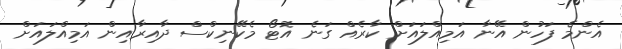
އެންމެ ފަހުން އޭނާ އަމިއްލައަށް ކާރެއް ގަނެ އޮޓޯ މެކޭނިކްސް ދާއިރާއިން އަމިއްލައަށް